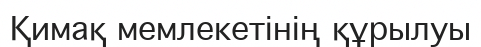
Қимақ мемлекетінің құрылуы